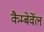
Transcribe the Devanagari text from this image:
कैम्बेर्वेल